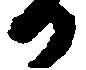
る